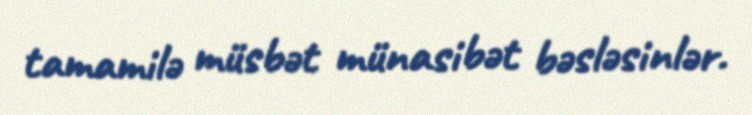
tamamilə müsbət münasibət bəsləsinlər.